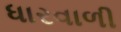
ધારવાળી